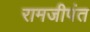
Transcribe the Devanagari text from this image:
रामजीपंत